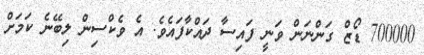
700000 ޑޯޒް ގަންނަން ވަނީ ފައިސާ ދައްކާފައެވެ. އެ ވެކްސިން ލިބޭނެ ކަމަށް